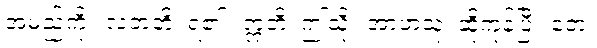
အမည်ကို။ လဘတိ၊ ရ၏။ ဣတိ၊ ဤသို့။ အာဟံသု၊ ဆိုကုန်ပြီ။ တေ၊